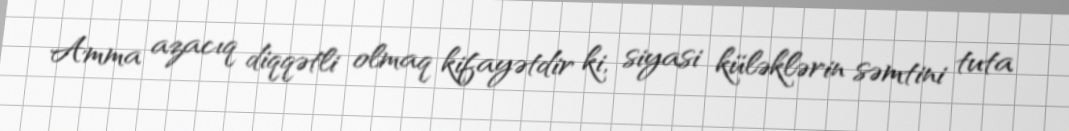
Amma azacıq diqqətli olmaq kifayətdir ki, siyasi küləklərin səmtini tuta